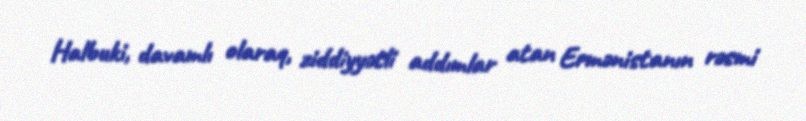
Halbuki, davamlı olaraq, ziddiyyətli addımlar atan Ermənistanın rəsmi